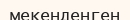
мекенденген